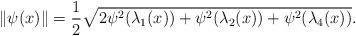
LaTeX: \begin{align*}\|\psi(x)\|=\frac{1}{2}\sqrt{2\psi^2(\lambda_1(x))+\psi^2(\lambda_2(x))+\psi^2(\lambda_4(x))}.\end{align*}